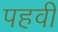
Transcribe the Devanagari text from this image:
पहवी